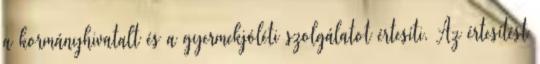
a kormányhivatalt és a gyermekjóléti szolgálatot értesíti. Az értesítést